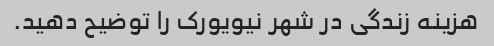
هزینه زندگی در شهر نیویورک را توضیح دهید.